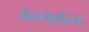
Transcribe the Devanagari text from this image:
डेव्हलपमेन्टन